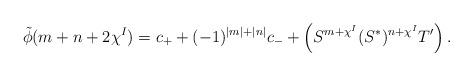
LaTeX: \begin{align*}\tilde{\phi}(m+n+2\chi^I) = c_++(-1)^{|m|+|n|}c_-+\left(S^{m+\chi^I}(S^*)^{n+\chi^I}T'\right).\end{align*}